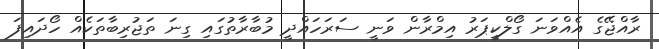
ރާއްޖޭގެ އެއްވަނަ ގޯލްކީޕަރު އިމްރާން ވަނީ ސަރަހައްދީ މުބާރާތުގައި ގިނަ ތަޖުރިބާތަކެއް ހޯދައިފަ